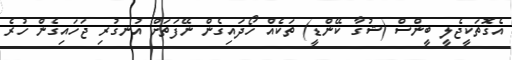
އެގޮތަކީޖެލީ ބީންސް (ޝުގާ ކޭންޑީ) ތަކެއް ހޯދައިގެން ނޭފަތަށް އުނގުރި ޖަހައިގެން ހުރެ